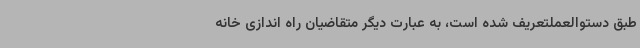
طبق دستوالعملتعریف شده است، به عبارت دیگر متقاضیان راه اندازی خانه